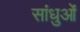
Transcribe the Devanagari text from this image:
सांधुओं